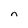
Character: n